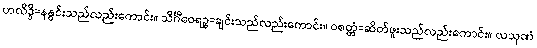
ဟလိဒ္ဒိ=နနွင်းသည်လည်းကောင်း။ သိင်္ဂီဝေရဉ္စ=ချင်းသည်လည်းကောင်း။ ဝစတ္တံ=ဆိတ်ဖူးသည်လည်းကောင်း။ လသုဏံ